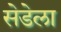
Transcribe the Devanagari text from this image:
सेडेला